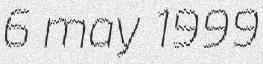
6 may 1999